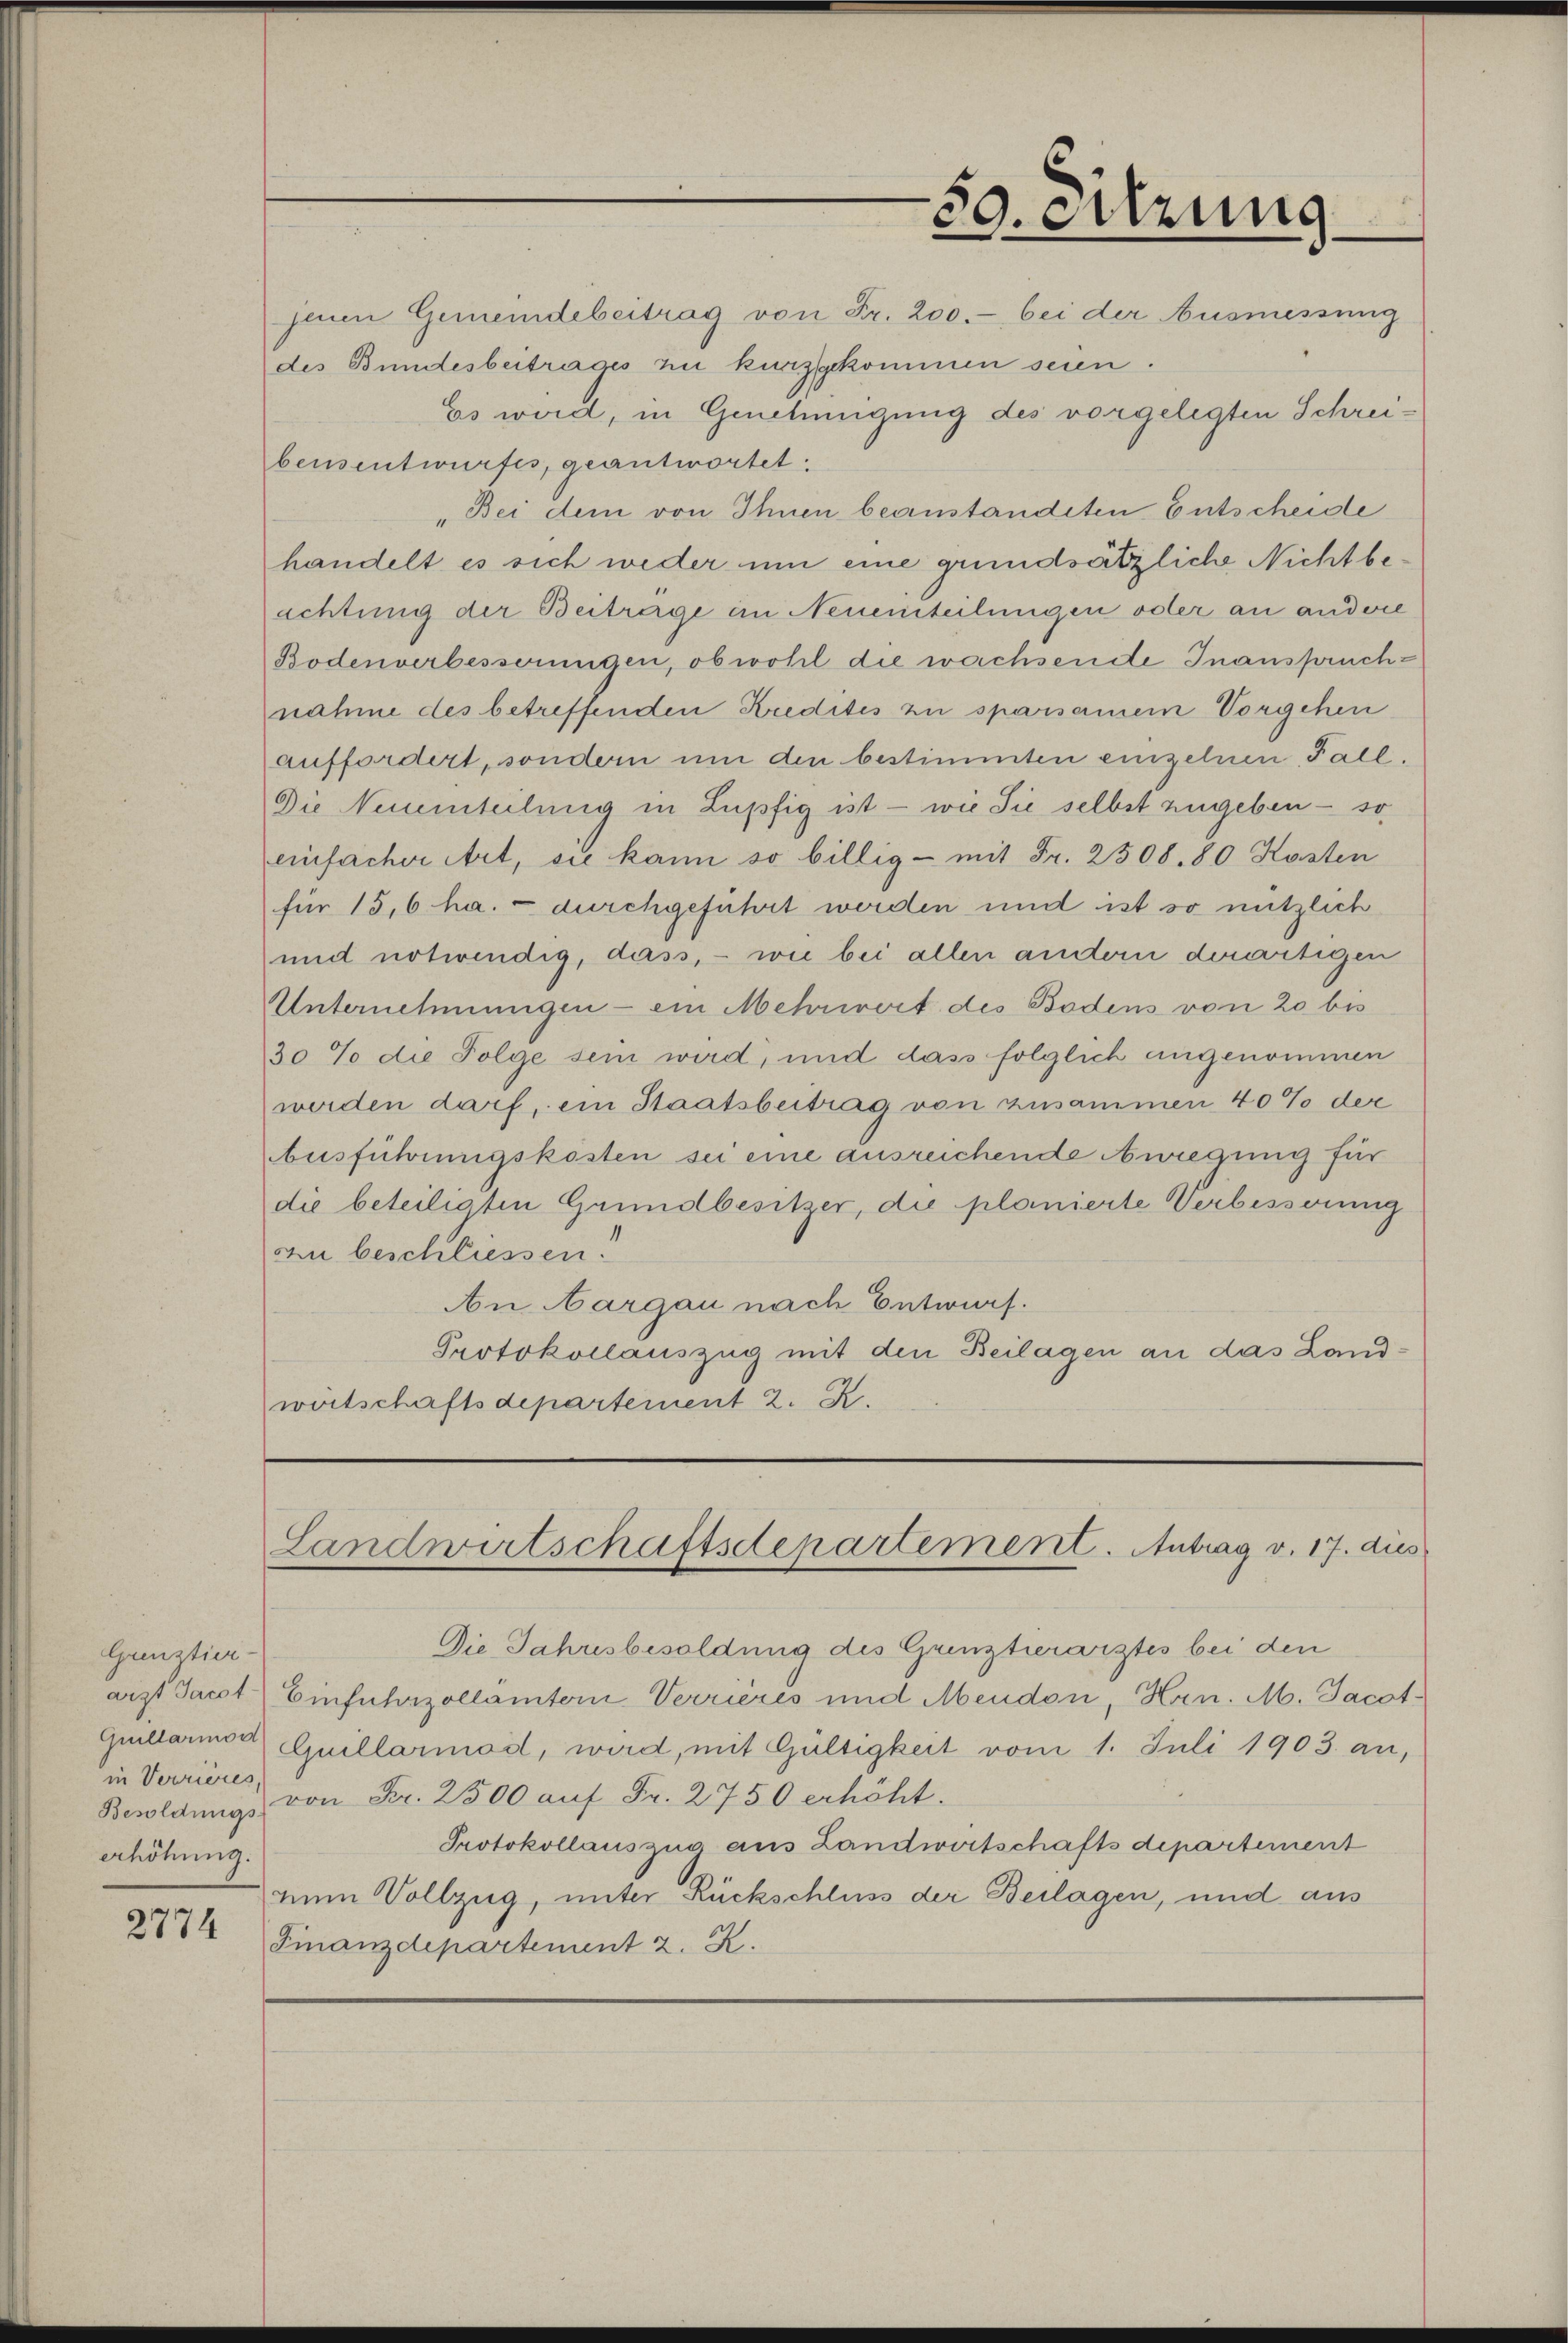
Grenztier-
in Verrieres,
erhöhung.

2774

jenen Gemeindebeitrag von Fr. 200.- bei der Ausmessung
des Bundesbeitrages zu kurzggekommen seien.
Es wird, in Genehmigung des vorgelegten Schreibensentwurfes, geantwortet.
„Bei dem von Ihnen beanstandeten Entscheide
handelt es sich weder um eine grundsätzliche Nicht beachtung der Beiträge im Neuenteilungen oder an andere
Bodenverbesserungen, obwohl die wachsende Inanspruchnahme des betreffenden Kredites zu sparsamem Vorgehen
auffordert, sondern um den bestimmten einzelnen Fall.
Die Nementeilung in Lupfig ist - wie Sie selbst zugeben – so
einfacher Art, sie kann so billig - mit Fr. 2508. 80 Kosten
für 15,6 ha.  durchgeführt werden und ist so nützlich
und notwendig, dass, - wie bei allen andern derartigen
Unternehmungen - ein Mehrwert des Bodens von 20 bis
30 % die Folge sein wird, und dass folglich angenommen
werden darf, ein Staatsbeitrag von zusammen 40% der
Ausführungskosten sei eine ausreichende Awregung für
die beteiligten Grundbesitzer, die planierte Verbesserung
an beschliessen.
An Aargau nach Entwurf.
Protokollauszug mit den Beilagen an das Landwirtschaftsdepartement 2. K.

Die Jahresbesoldung des Grenztierarztes bei den
arzt Jacot) Einfuhrzollamtern Verrières und Mendon, Hrn. M. Jacot-
Guillarior Quillarmod, wird, mit Gültigkeit vom 1. Juli 1903. an,
Besoldung von Fr. 2500 auf Fr. 2750 erhöht.
Protokollauszug aus Landwirtschaftsdepartement
num Vollzug, unter Rückschluss der Beilagen, und aus
Finanzdepartement 2. R.

50. Sitzung

Landwirtschaftsdepartement. Antrag v. 17. dies